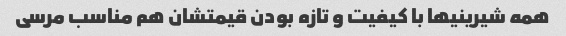
همه شیرینیها با کیفیت و تازه بودن قیمتشان هم مناسب مرسی